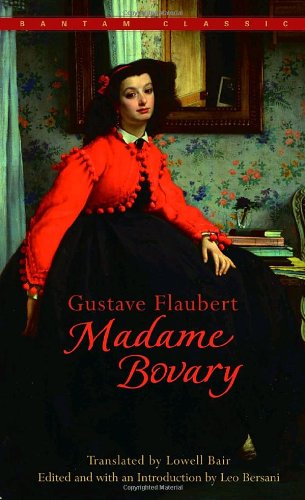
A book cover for Madame Bovary (Bantam Classics); Gustave Flaubert; Mystery, Thriller & Suspense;